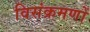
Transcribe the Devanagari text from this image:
विसंक्रमणों